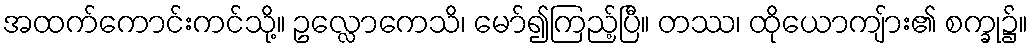
အထက်ကောင်းကင်သို့။ ဥလ္လောကေသိ၊ မော်၍ကြည့်ပြီ။ တဿ၊ ထိုယောကျ်ား၏ စက္ခု၌။